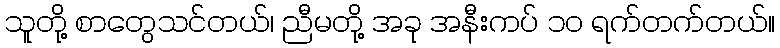
သူတို့ စာတွေသင်တယ်၊ ညီမတို့ အခု အနီးကပ် ၁၀ ရက်တက်တယ်။